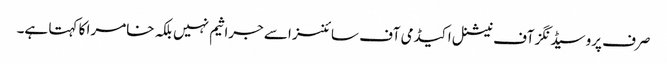
صرف پروسیڈنگز آف نیشنل اکیڈمی آف سائنسز اسے جراثیم نہیں بلکہ خامرا کا کہتا ہے۔